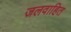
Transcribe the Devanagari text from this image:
जलवाहित